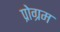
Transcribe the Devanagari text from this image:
प्रोग्रम